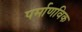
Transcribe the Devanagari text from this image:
पर्माणविक